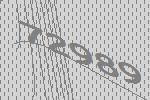
72989